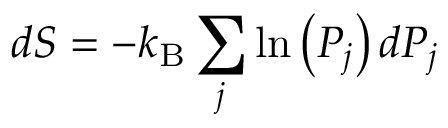
d S = - k _ { \mathrm { B } } \sum _ { j } \ln \left( P _ { j } \right) d P _ { j }